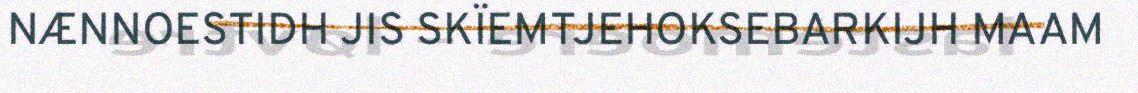
NÆNNOESTIDH JIS SKÏEMTJEHOKSEBARKIJH MAAM